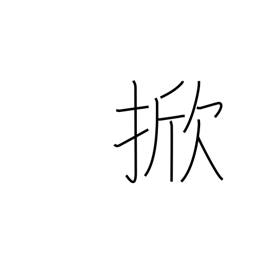
Meaning: hoist